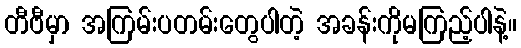
တီဗီမှာ အကြမ်းပတမ်းတွေပါတဲ့ အခန်းကိုမကြည့်ပါနဲ့။